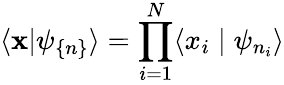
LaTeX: \langle\mathbf{x}|\psi_{\{ n\} }\rangle=\prod_{i=1}^{N}\langle x_{i}\mid\psi_{n_{i}}\rangle